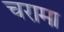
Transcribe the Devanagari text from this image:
चरामा